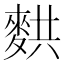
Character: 𬹂